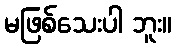
မဖြစ်သေးပါ ဘူး။